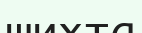
шихта